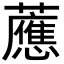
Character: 𧃽